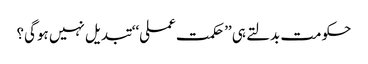
حکومت بدلتے ہی ’’حکمت عملی‘‘ تبدیل نہیں ہوگی؟